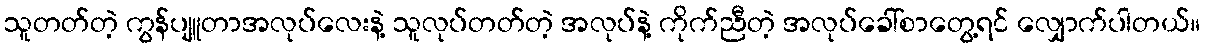
သူတတ်တဲ့ ကွန်ပျူတာအလုပ်လေးနဲ့ သူလုပ်တတ်တဲ့ အလုပ်နဲ့ ကိုက်ညီတဲ့ အလုပ်ခေါ်စာတွေ့ရင် လျှောက်ပါတယ်။